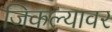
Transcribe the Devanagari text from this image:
जिकल्यावर